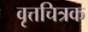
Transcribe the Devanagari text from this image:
वृत्तचित्रक